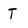
Character: T